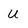
Character: U